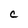
Character: C